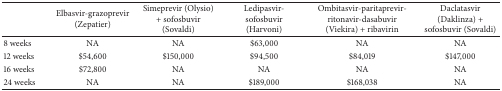
<table><thead><tr><td><b> </b></td><td><b>Elbasvir-grazoprevir (Zepatier)</b></td><td><b>Simeprevir (Olysio) + sofosbuvir (Sovaldi)</b></td><td><b>Ledipasvir-sofosbuvir (Harvoni)</b></td><td><b>Ombitasvir-paritaprevir-ritonavir-dasabuvir (Viekira) + ribavirin</b></td><td><b>Daclatasvir (Daklinza) + sofosbuvir (Sovaldi)</b></td></tr></thead><tbody><tr><td>8 weeks</td><td>NA</td><td>NA</td><td>$63,000</td><td>NA</td><td>NA</td></tr><tr><td>12 weeks</td><td>$54,600</td><td>$150,000</td><td>$94,500</td><td>$84,019</td><td>$147,000</td></tr><tr><td>16 weeks</td><td>$72,800</td><td>NA</td><td>NA</td><td>NA</td><td>NA</td></tr><tr><td>24 weeks</td><td>NA</td><td>NA</td><td>$189,000</td><td>$168,038</td><td>NA</td></tr></tbody></table>